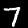
Label: 7